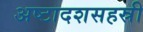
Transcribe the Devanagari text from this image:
अष्टादशसहस्री